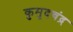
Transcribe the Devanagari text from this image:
कुमुदचंद्र